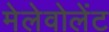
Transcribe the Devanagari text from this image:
मेलेवोलेंट